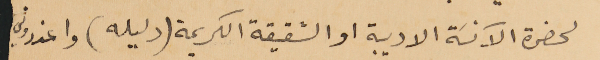
لحضرة الآنسَة الاديبة او الشقيقة الكريمة (دليله) واعذروني